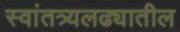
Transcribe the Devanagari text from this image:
स्वांतत्र्यलढ्यातील